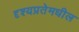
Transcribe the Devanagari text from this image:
दृश्यप्रतेमधील